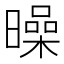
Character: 𣋝